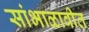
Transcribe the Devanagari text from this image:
सांभाळावीत